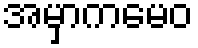
အမှာကမေဝ